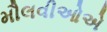
મૌલવીઓએ